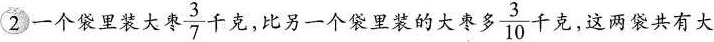
2一个袋子里装大枣\frac{3}{7}千克，比另一个袋里装的大枣多\frac{3}{10}千克，这两袋共有大